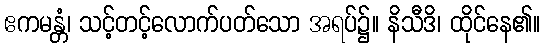
ဧကမန္တံ၊ သင့်တင့်လောက်ပတ်သော အရပ်၌။ နိသီဒိ၊ ထိုင်နေ၏။